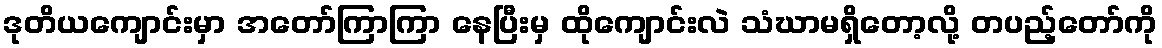
ဒုတိယကျောင်းမှာ အတော်ကြာကြာ နေပြီးမှ ထိုကျောင်းလဲ သံဃာမရှိတော့လို့ တပည့်တော်ကို